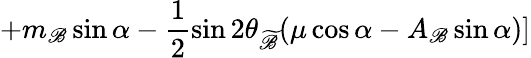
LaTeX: +m_{\mathscr{B}}\sin\alpha-\frac{{1}}{{2}}\sin2\theta_{\widetilde{{\mathscr{B}}}}(\mu\cos\alpha-A_{\mathscr{B}}\sin\alpha)]